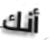
أنك